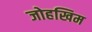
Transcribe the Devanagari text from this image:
जोहखिम